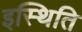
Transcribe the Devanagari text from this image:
इस्थिति